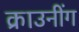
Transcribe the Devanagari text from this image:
क्राउनींग